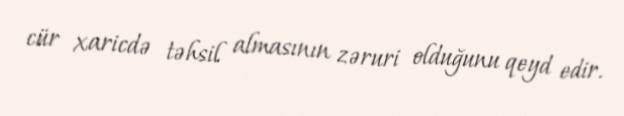
cür xaricdə təhsil almasının zəruri olduğunu qeyd edir.